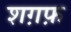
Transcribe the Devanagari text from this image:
शग़फ़